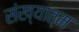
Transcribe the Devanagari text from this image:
संख्यात्म